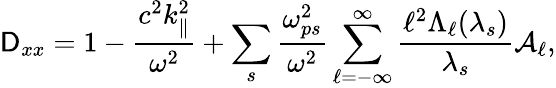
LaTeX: \mathsf{D}_{xx}=1-\frac{{c^{2}k_{\parallel}^{2}}}{{\omega^{2}}}+\sum_{s}\frac{{\omega_{ps}^{2}}}{{\omega^{2}}}\sum_{\ell=-\infty}^{\infty}\frac{{\ell^{2}\Lambda_{\ell}(\lambda_{s})}}{{\lambda_{s}}}\mathcal{{A}}_{\ell},